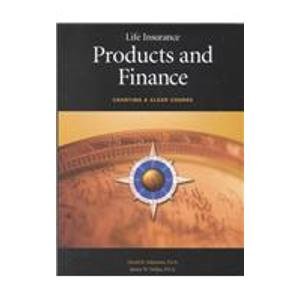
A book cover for Life Insurance Products and Finance: Charting a Clear Course; David B. Atkinson; Business & Money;